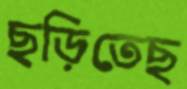
ছড়িতেছ